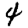
Digit: 4